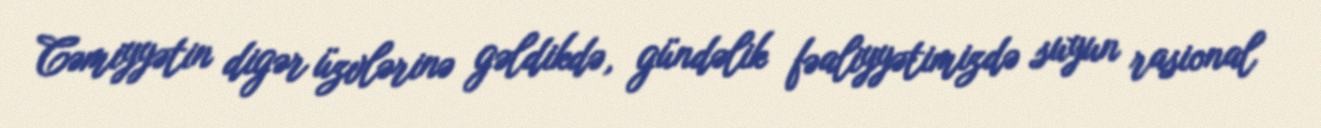
Cəmiyyətin digər üzvlərinə gəldikdə, gündəlik fəaliyyətimizdə suyun rasional